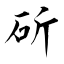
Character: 斫